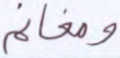
ومغانم